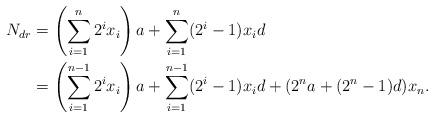
LaTeX: \begin{align*}N_{dr}&=\left(\sum_{i=1}^n2^ix_i\right)a+\sum_{i=1}^n(2^i-1)x_id\\&=\left(\sum_{i=1}^{n-1}2^ix_i\right)a+\sum_{i=1}^{n-1}(2^i-1)x_id+(2^na+(2^n-1)d)x_n.\end{align*}